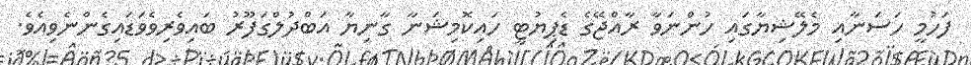
ފަހުމީ ހަސަނާއި މެލޭޝިޔާގައި ހުންނަވާ ރާއްޖޭގެ ޑެޕިޔުޓީ ހައިކޮމިޝަނާ ގާނިޔާ އަބްދުލްގަފޫރު ބައިވެރިވެވަޑައިގެންނެވިއެވެ.